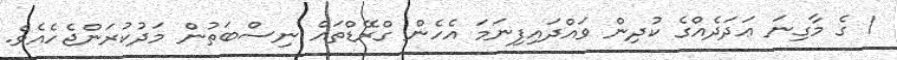
1 ގެ މާގިނަ ޢަދަދެއްގެ ކުދިން ވައްދައިފިނަމަ އެހެން ގްރޭޑްތައް ނިސްބަތުން މަދުކުރަންޖެހެއެވެ.